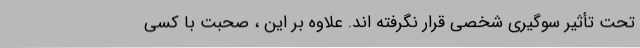
تحت تأثیر سوگیری شخصی قرار نگرفته اند. علاوه بر این ، صحبت با کسی